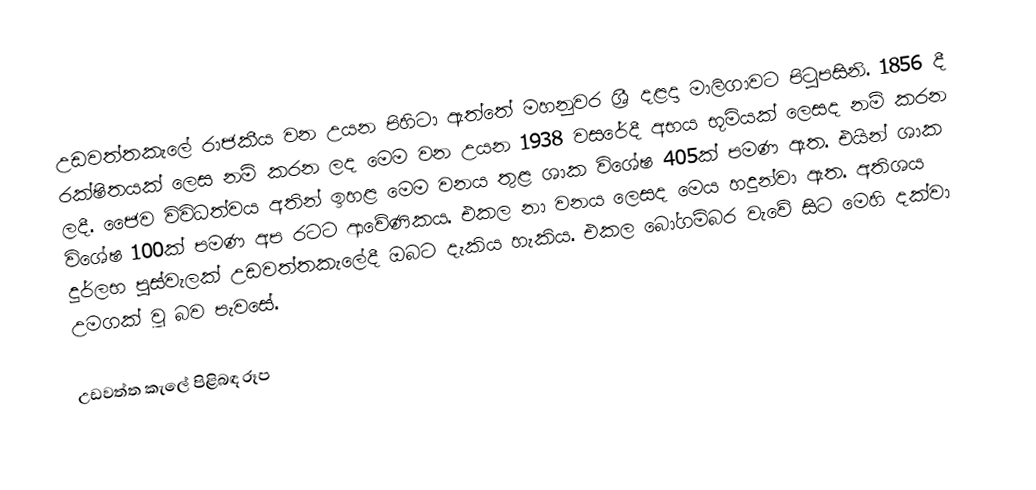
උඩවත්තකැලේ රාජකීය වන උයන පිහිටා ඇත්තේ මහනුවර ශ්‍රී දළදා මාලිගාවට පිටුපසිනි. 1856 දී රක්ෂිතයක් ලෙස නම් කරන ලද මෙම වන උයන 1938 වසරේදී අභය භූමියක් ලෙසද නම් කරන ලදී. ජෛව විවිධත්වය අතින් ඉහළ මෙම වනය තුළ ශාක විශේෂ 405ක් පමණ ඇත. එයින් ශාක විශේෂ 100ක් පමණ අප රටට ආවේණිකය. එකල නා වනය ලෙසද මෙය හදුන්වා ඇත. අතිශය දුර්ලභ පුස්වැලක් උඩවත්තකැලේදී ඔබට දැකිය හැකිය. එකල බෝගම්බර වැවේ සිට මෙහි දක්වා උමගක් වූ බව පැවසේ.

උඩවත්ත කැලේ පිළිබඳ රූප